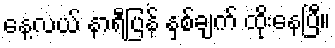
နေ့လယ် နာရီပြန် နှစ်ချက် ထိုးနေပြီ။